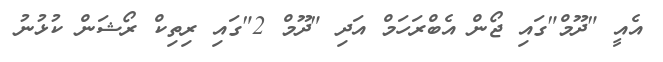
އެއީ "ދޫމް"ގައި ޖޯން އެބްރަހަމް އަދި "ދޫމް 2"ގައި ރިތިކް ރޯޝަން ކުޅުނު